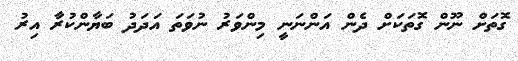
ގޮތަށް ނޫން ގޮތަކަށް ދެން އަންނަނީ މިންވަރު ނުވަތަ އަދަދު ބަޔާންކުރާ އިރު